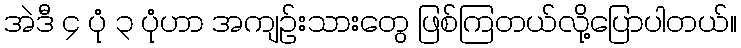
အဲဒီ ၄ ပုံ ၃ ပုံဟာ အကျဉ်းသားတွေ ဖြစ်ကြတယ်လို့ပြောပါတယ်။